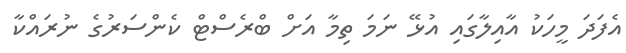
އެފަދަ މީހަކު އާއިލާގައި އުޅޭ ނަމަ ތިމާ އަށް ބްރެސްޓް ކެންސަރުގެ ނުރައްކާ